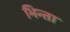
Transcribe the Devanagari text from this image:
भिन्ता